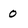
Character: 0